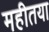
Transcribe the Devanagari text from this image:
महीतया